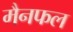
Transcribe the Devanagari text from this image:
मैनफल